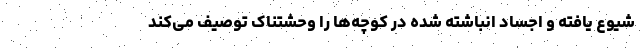
شیوع یافته و اجساد انباشته شده در کوچه‌ها را وحشتناک توصیف می‌کند